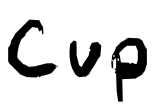
Text: Cup
Cross-out: clean
Writing tool: digital_black